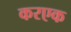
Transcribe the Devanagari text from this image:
करएक